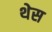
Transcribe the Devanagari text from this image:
थेस